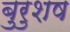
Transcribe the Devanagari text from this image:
बुरुशष